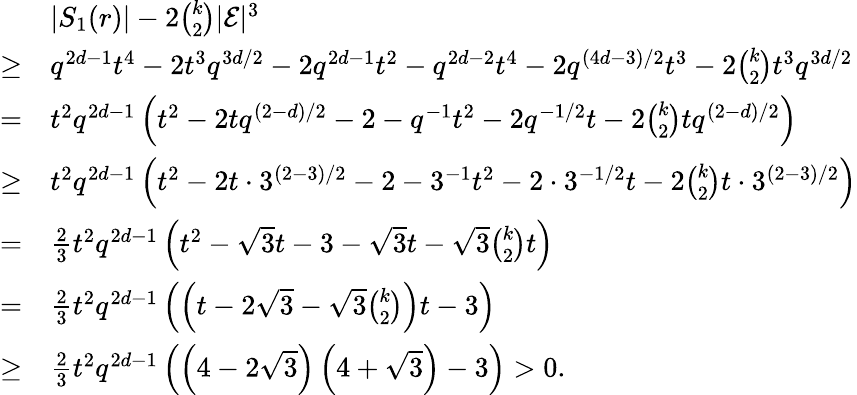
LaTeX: \begin{array}{rl}&{|S_{1}(r)|-2{\binom{k}{2}}|\mathcal{E}|^{3}}\\ {\geq}&{q^{2d-1}t^{4}-2t^{3}q^{3d/2}-2q^{2d-1}t^{2}-q^{2d-2}t^{4}-2q^{(4d-3)/2}t^{3}-2{\binom{k}{2}}t^{3}q^{3d/2}}\\ {=}&{t^{2}q^{2d-1}\left(t^{2}-2tq^{(2-d)/2}-2-q^{-1}t^{2}-2q^{-1/2}t-2{\binom{k}{2}}tq^{(2-d)/2}\right)}\\ {\geq}&{t^{2}q^{2d-1}\left(t^{2}-2t\cdot 3^{(2-3)/2}-2-3^{-1}t^{2}-2\cdot 3^{-1/2}t-2{\binom{k}{2}}t\cdot 3^{(2-3)/2}\right)}\\ {=}&{\frac{2}{3}t^{2}q^{2d-1}\left(t^{2}-\sqrt 3t-3-\sqrt 3t-\sqrt 3{\binom{k}{2}}t\right)}\\ {=}&{\frac{2}{3}t^{2}q^{2d-1}\left(\left(t-2\sqrt 3-\sqrt 3{\binom{k}{2}}\right)t-3\right)}\\ {\geq}&{\frac{2}{3}t^{2}q^{2d-1}\left(\left(4-2\sqrt 3\right)\left(4+\sqrt 3\right)-3\right)>0.}\end{array}